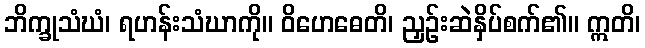
ဘိက္ခုသံဃံ၊ ရဟန်းသံဃာကို။ ဝိဟေဓေတိ၊ ညှဉ်းဆဲနှိပ်စက်၏။ ဣတိ၊